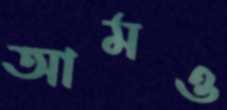
আমও